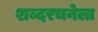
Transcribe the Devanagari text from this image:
शब्दरचनेला